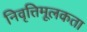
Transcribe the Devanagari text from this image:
निवृत्तिमूलकता